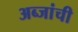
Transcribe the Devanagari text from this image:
अब्जांची